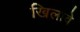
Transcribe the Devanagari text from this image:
खिलावे